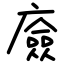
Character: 㢛